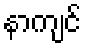
နာကျင်